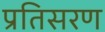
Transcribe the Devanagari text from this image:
प्रतिसरण